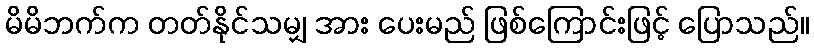
မိမိဘက်က တတ်နိုင်သမျှ အား ပေးမည် ဖြစ်ကြောင်းဖြင့် ပြောသည်။